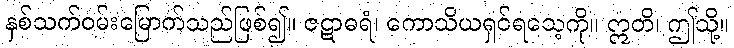
နှစ်သက်ဝမ်းမြောက်သည်ဖြစ်၍။ ဇဋာဓရံ၊ ကောသိယရှင်ရသေ့ကို။ ဣတိ၊ ဤသို့။